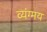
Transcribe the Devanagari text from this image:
व्यंग्मय